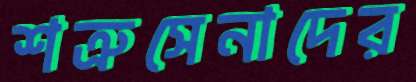
শত্রুসেনাদের